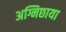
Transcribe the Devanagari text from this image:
अग्निछाया